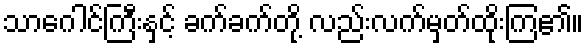
သာဂေါင်ကြီးနှင့် ခက်ခက်တို့ လည်းလက်မှတ်ထိုးကြ၏။